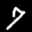
Label: 7